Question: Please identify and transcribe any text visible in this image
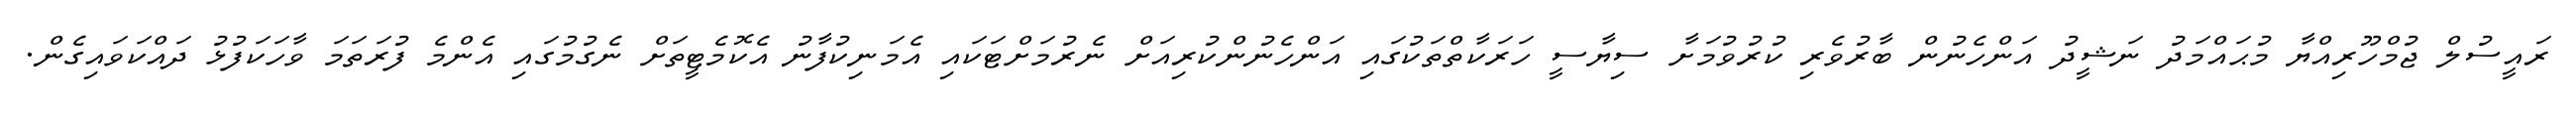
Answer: ރައީސުލް ޖުމްހޫރިއްޔާ މުޙައްމަދު ނަޝީދު އަންހެނުން ބާރުވެރި ކުރުވުމަށާ ސިޔާސީ ހަރަކާތްތަކުގައި އަންހެނުންކުރިއަށް ނެރުމަށްޓަކައި އެމަނިކުފާނު އެކޮމެޓީތަށް ނެގުމުގައި އެންމެ ފުރަތަމަ ވާހަކަފުޅު ދައްކަވައިގެން.